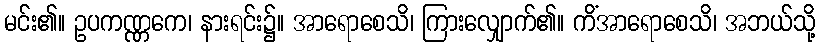
မင်း၏။ ဥပကဏ္ဏကေ၊ နားရင်း၌။ အာရောစေသိ၊ ကြားလျှောက်၏။ ကိံအာရောစေသိ၊ အဘယ်သို့